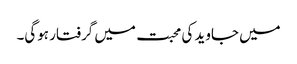
میں جاوید کی محبت میں گرفتار ہوگی۔